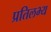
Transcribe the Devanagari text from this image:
प्रतिलभ्य